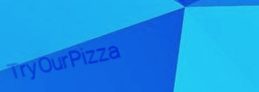
TryOurPizza